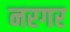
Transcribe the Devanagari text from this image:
नरगर